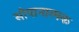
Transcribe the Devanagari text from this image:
सोपानात्मक